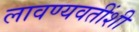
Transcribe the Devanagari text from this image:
लावण्यवतींशी